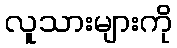
လူသားများကို